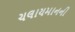
ચલાયમાનની